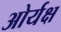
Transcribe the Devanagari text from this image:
ओर्यक्ष